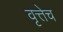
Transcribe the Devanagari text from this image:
वृत्तेच